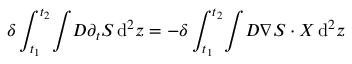
\delta \int _ { t _ { 1 } } ^ { t _ { 2 } } \! \int \! D \partial _ { t } S \, \mathrm { d } ^ { 2 } z = - \delta \int _ { t _ { 1 } } ^ { t _ { 2 } } \! \int \! D \nabla S \cdot \boldsymbol { \cal X } \, \mathrm { d } ^ { 2 } z